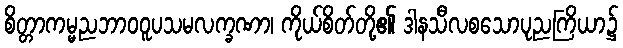
စိတ္တာကမ္မညဘာဝဝူပသမလက္ခဏာ၊ ကိုယ်စိတ်တို့၏ ဒါနသီလစသောပုညကြိယာ၌